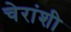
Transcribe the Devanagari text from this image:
चेरांशी